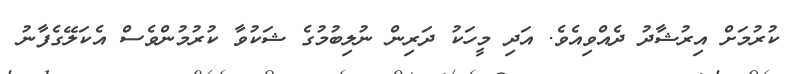
ކުރުމަށް އިރުޝާދު ދެއްވިއެވެ. އަދި މީހަކު ދަރިން ނުލިބުމުގެ ޝަކުވާ ކުރުމުންވެސް އެކަލޭގެފާނު